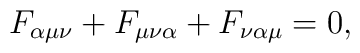
F_{\alpha\mu\nu} + F_{\mu\nu\alpha} + F_{\nu\alpha\mu} = 0,